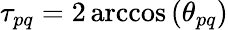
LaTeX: \tau_{pq}=2\operatorname{arccos}\left(\theta_{pq}\right)